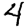
Digit: 4